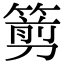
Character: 𥲫